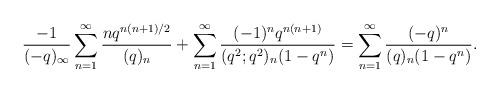
LaTeX: \begin{align*}\frac{-1}{(-q)_{\infty}}\sum_{n=1}^{\infty}\frac{nq^{n(n+1)/2}}{(q)_n}+\sum_{n=1}^{\infty}\frac{(-1)^nq^{n(n+1)}}{(q^2;q^2)_n(1-q^n)}=\sum_{n=1}^{\infty}\frac{(-q)^n}{(q)_n(1-q^n)}.\end{align*}